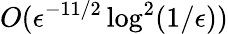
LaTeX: O(\epsilon^{-11/2}\log^{2}(1/\epsilon))